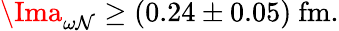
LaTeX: \Ima_{\omega\mathcal{N}}\ge(0.24\pm0.05)\ \mathrm{{fm}}.